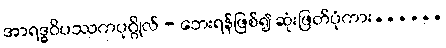
အာရဒ္ဓဝိပဿကပုဂ္ဂိုလ် - ဘေးရန်ဖြစ်၍ ဆုံးဖြတ်ပုံကား......